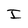
Character: I